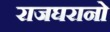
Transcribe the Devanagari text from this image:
राजघरानो